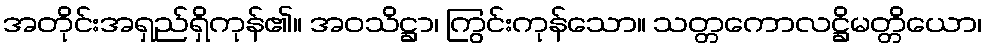
အတိုင်းအရှည်ရှိကုန်၏။ အဝသိဋ္ဌာ၊ ကြွင်းကုန်သော။ သတ္တကောလဋ္ဌိမတ္တိယော၊